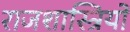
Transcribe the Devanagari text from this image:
राजशास्त्रियों